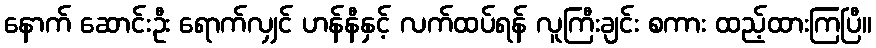
နောက် ဆောင်းဦး ရောက်လျှင် ဟန်နီနှင့် လက်ထပ်ရန် လူကြီးချင်း စကား ထည့်ထားကြပြီ။